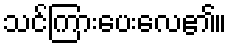
သင်ကြားပေးလေ၏။